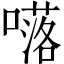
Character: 𡀩